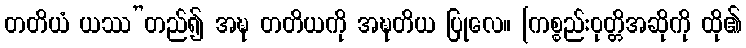
တတိယံ ယဿ”တည်၍ အဍ္ဎ တတိယကို အဍ္ဎတိယ ပြုလေ။ [ကစ္စည်းဝုတ္တိအဆိုကို ထို၏